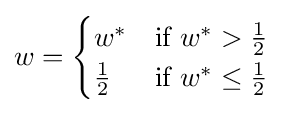
w={\begin{cases}w^{*}&{\mbox{if }}w^{*}>{\frac {1}{2}}\\{\frac {1}{2}}&{\mbox{if }}w^{*}\leq {\frac {1}{2}}\\\end{cases}}